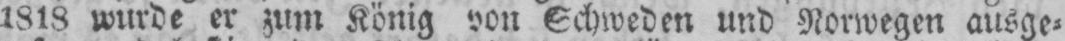
1818 wurde er zum König von Schweden und Norwegen ausge⸗